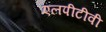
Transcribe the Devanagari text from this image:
एलपीटीवी